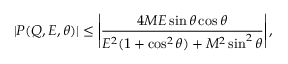
| P ( Q , E , \theta ) | \leq \left| \frac { 4 M E \sin \theta \cos \theta } { E ^ { 2 } ( 1 + \cos ^ { 2 } \theta ) + M ^ { 2 } \sin ^ { 2 } \theta } \right| ,